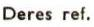
Deres ref.